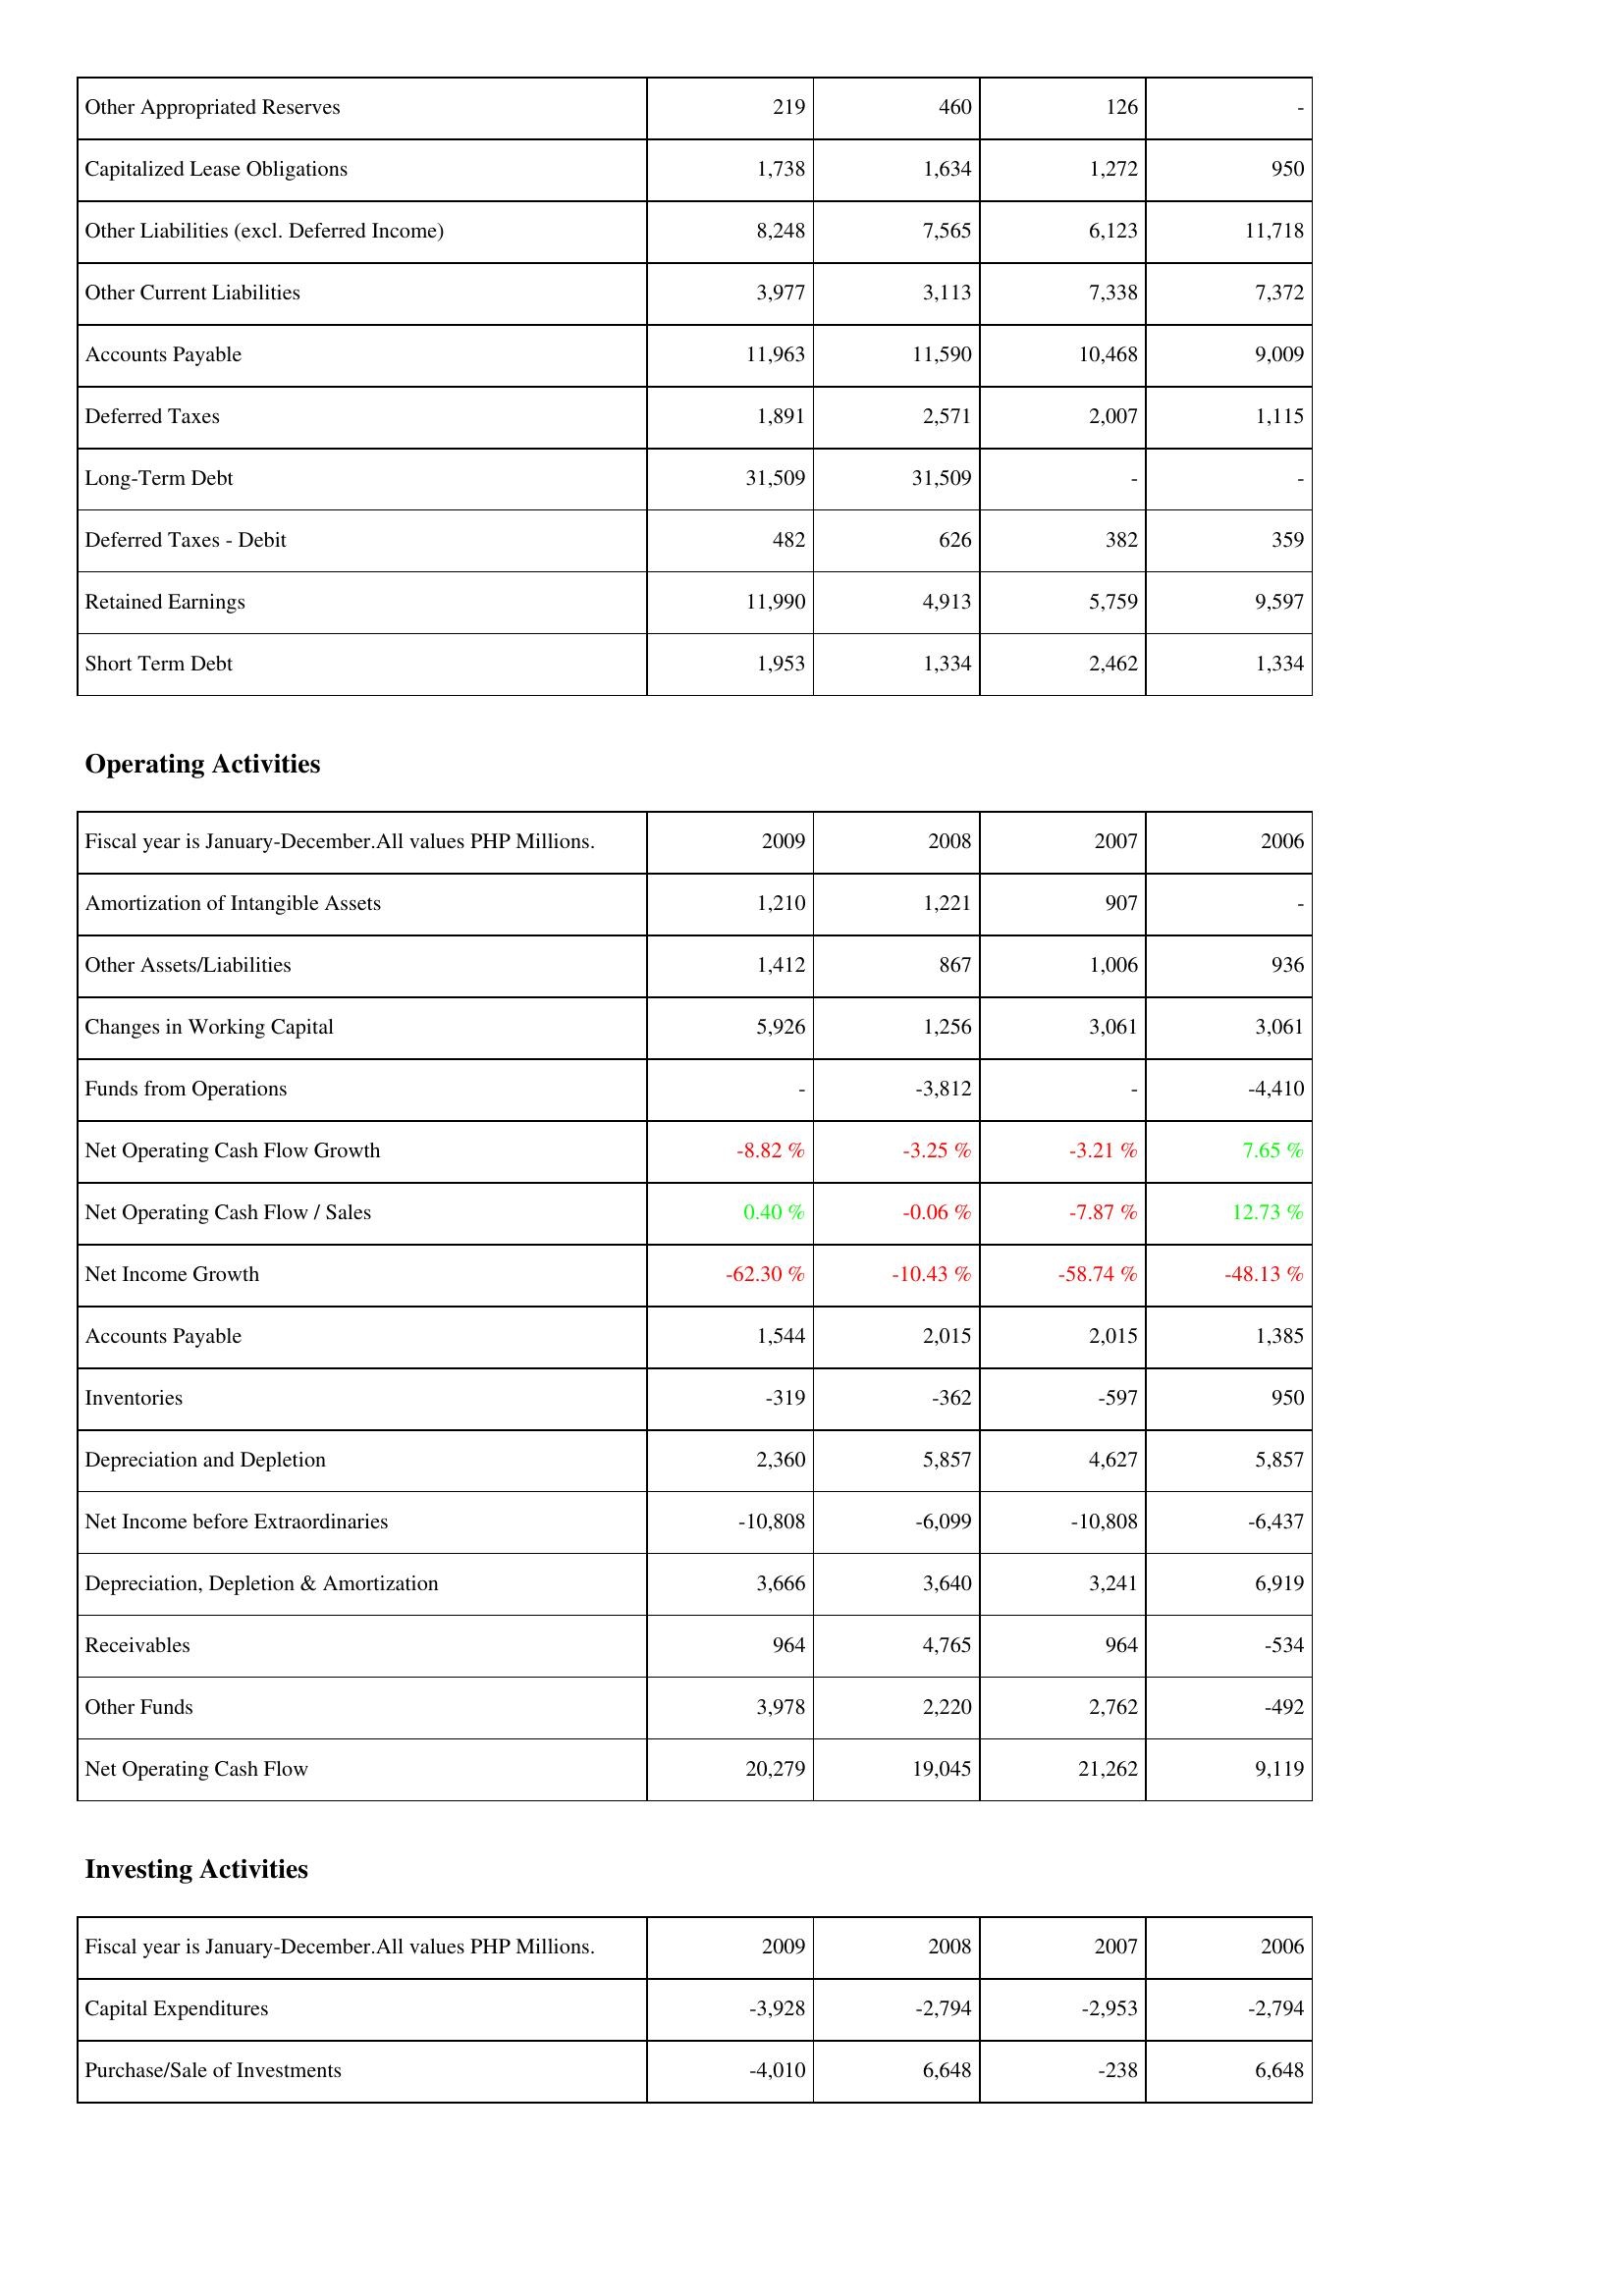
2009: Liabilities & Shareholders' Equity: Other Appropriated Reserves: 219
Capitalized Lease Obligations: 1,738
Other Liabilities (excl. Deferred Income): 8,248
Other Current Liabilities: 3,977
Accounts Payable: 11,963
Deferred Taxes: 1,891
Long-Term Debt: 31,509
Deferred Taxes - Debit: 482
Retained Earnings: 11,990
Short Term Debt: 1,953
Operating Activities: Amortization of Intangible Assets: 1,210
Other Assets/Liabilities: 1,412
Changes in Working Capital: 5,926
Funds from Operations: -
Net Operating Cash Flow Growth: -8.82 %
Net Operating Cash Flow / Sales: 0.40 %
Net Income Growth: -62.30 %
Accounts Payable: 1,544
Inventories: -319
Depreciation and Depletion: 2,360
Net Income before Extraordinaries: -10,808
Depreciation, Depletion & Amortization: 3,666
Receivables: 964
Other Funds: 3,978
Net Operating Cash Flow: 20,279
Investing Activities: Capital Expenditures: -3,928
Purchase/Sale of Investments: -4,010
2008: Liabilities & Shareholders' Equity: Other Appropriated Reserves: 460
Capitalized Lease Obligations: 1,634
Other Liabilities (excl. Deferred Income): 7,565
Other Current Liabilities: 3,113
Accounts Payable: 11,590
Deferred Taxes: 2,571
Long-Term Debt: 31,509
Deferred Taxes - Debit: 626
Retained Earnings: 4,913
Short Term Debt: 1,334
Operating Activities: Amortization of Intangible Assets: 1,221
Other Assets/Liabilities: 867
Changes in Working Capital: 1,256
Funds from Operations: -3,812
Net Operating Cash Flow Growth: -3.25 %
Net Operating Cash Flow / Sales: -0.06 %
Net Income Growth: -10.43 %
Accounts Payable: 2,015
Inventories: -362
Depreciation and Depletion: 5,857
Net Income before Extraordinaries: -6,099
Depreciation, Depletion & Amortization: 3,640
Receivables: 4,765
Other Funds: 2,220
Net Operating Cash Flow: 19,045
Investing Activities: Capital Expenditures: -2,794
Purchase/Sale of Investments: 6,648
2007: Liabilities & Shareholders' Equity: Other Appropriated Reserves: 126
Capitalized Lease Obligations: 1,272
Other Liabilities (excl. Deferred Income): 6,123
Other Current Liabilities: 7,338
Accounts Payable: 10,468
Deferred Taxes: 2,007
Long-Term Debt: -
Deferred Taxes - Debit: 382
Retained Earnings: 5,759
Short Term Debt: 2,462
Operating Activities: Amortization of Intangible Assets: 907
Other Assets/Liabilities: 1,006
Changes in Working Capital: 3,061
Funds from Operations: -
Net Operating Cash Flow Growth: -3.21 %
Net Operating Cash Flow / Sales: -7.87 %
Net Income Growth: -58.74 %
Accounts Payable: 2,015
Inventories: -597
Depreciation and Depletion: 4,627
Net Income before Extraordinaries: -10,808
Depreciation, Depletion & Amortization: 3,241
Receivables: 964
Other Funds: 2,762
Net Operating Cash Flow: 21,262
Investing Activities: Capital Expenditures: -2,953
Purchase/Sale of Investments: -238
2006: Liabilities & Shareholders' Equity: Other Appropriated Reserves: -
Capitalized Lease Obligations: 950
Other Liabilities (excl. Deferred Income): 11,718
Other Current Liabilities: 7,372
Accounts Payable: 9,009
Deferred Taxes: 1,115
Long-Term Debt: -
Deferred Taxes - Debit: 359
Retained Earnings: 9,597
Short Term Debt: 1,334
Operating Activities: Amortization of Intangible Assets: -
Other Assets/Liabilities: 936
Changes in Working Capital: 3,061
Funds from Operations: -4,410
Net Operating Cash Flow Growth: 7.65 %
Net Operating Cash Flow / Sales: 12.73 %
Net Income Growth: -48.13 %
Accounts Payable: 1,385
Inventories: 950
Depreciation and Depletion: 5,857
Net Income before Extraordinaries: -6,437
Depreciation, Depletion & Amortization: 6,919
Receivables: -534
Other Funds: -492
Net Operating Cash Flow: 9,119
Investing Activities: Capital Expenditures: -2,794
Purchase/Sale of Investments: 6,648